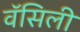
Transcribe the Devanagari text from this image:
वॅसिली